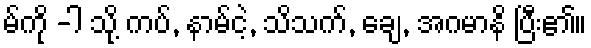
မ်ကို -ါ သို့ ကပ်, နာမ်ငဲ့, သိသက်, ချေ, အဂမာနိ ပြီး၏။